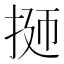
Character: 𭠹